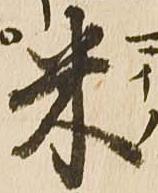
米